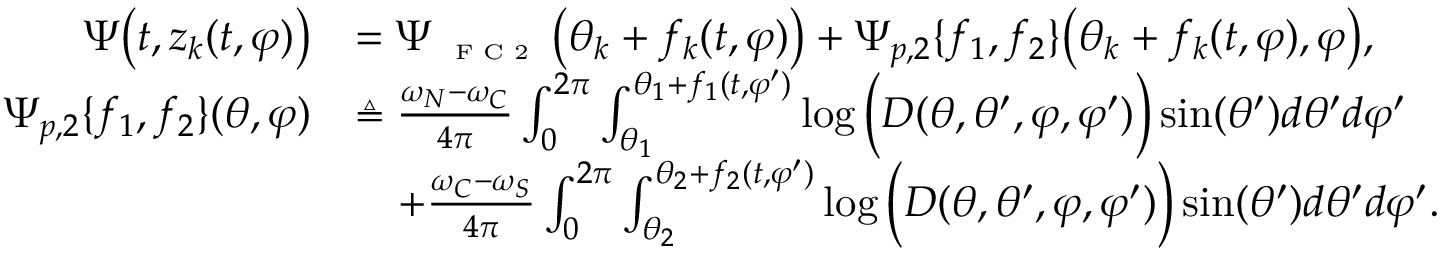
\begin{array} { r l } { \Psi \big ( t , z _ { k } ( t , \varphi ) \big ) } & { = \Psi _ { \textnormal { \tiny { F C 2 } } } \big ( \theta _ { k } + f _ { k } ( t , \varphi ) \big ) + \Psi _ { p , 2 } \{ f _ { 1 } , f _ { 2 } \} \big ( \theta _ { k } + f _ { k } ( t , \varphi ) , \varphi \big ) , } \\ { \Psi _ { p , 2 } \{ f _ { 1 } , f _ { 2 } \} ( \theta , \varphi ) } & { \triangleq \frac { \omega _ { N } - \omega _ { C } } { 4 \pi } \int _ { 0 } ^ { 2 \pi } \int _ { \theta _ { 1 } } ^ { \theta _ { 1 } + f _ { 1 } ( t , \varphi ^ { \prime } ) } \log \Big ( D ( \theta , \theta ^ { \prime } , \varphi , \varphi ^ { \prime } ) \Big ) \sin ( \theta ^ { \prime } ) d \theta ^ { \prime } d \varphi ^ { \prime } } \\ & { \quad + \frac { \omega _ { C } - \omega _ { S } } { 4 \pi } \int _ { 0 } ^ { 2 \pi } \int _ { \theta _ { 2 } } ^ { \theta _ { 2 } + f _ { 2 } ( t , \varphi ^ { \prime } ) } \log \Big ( D ( \theta , \theta ^ { \prime } , \varphi , \varphi ^ { \prime } ) \Big ) \sin ( \theta ^ { \prime } ) d \theta ^ { \prime } d \varphi ^ { \prime } . } \end{array}